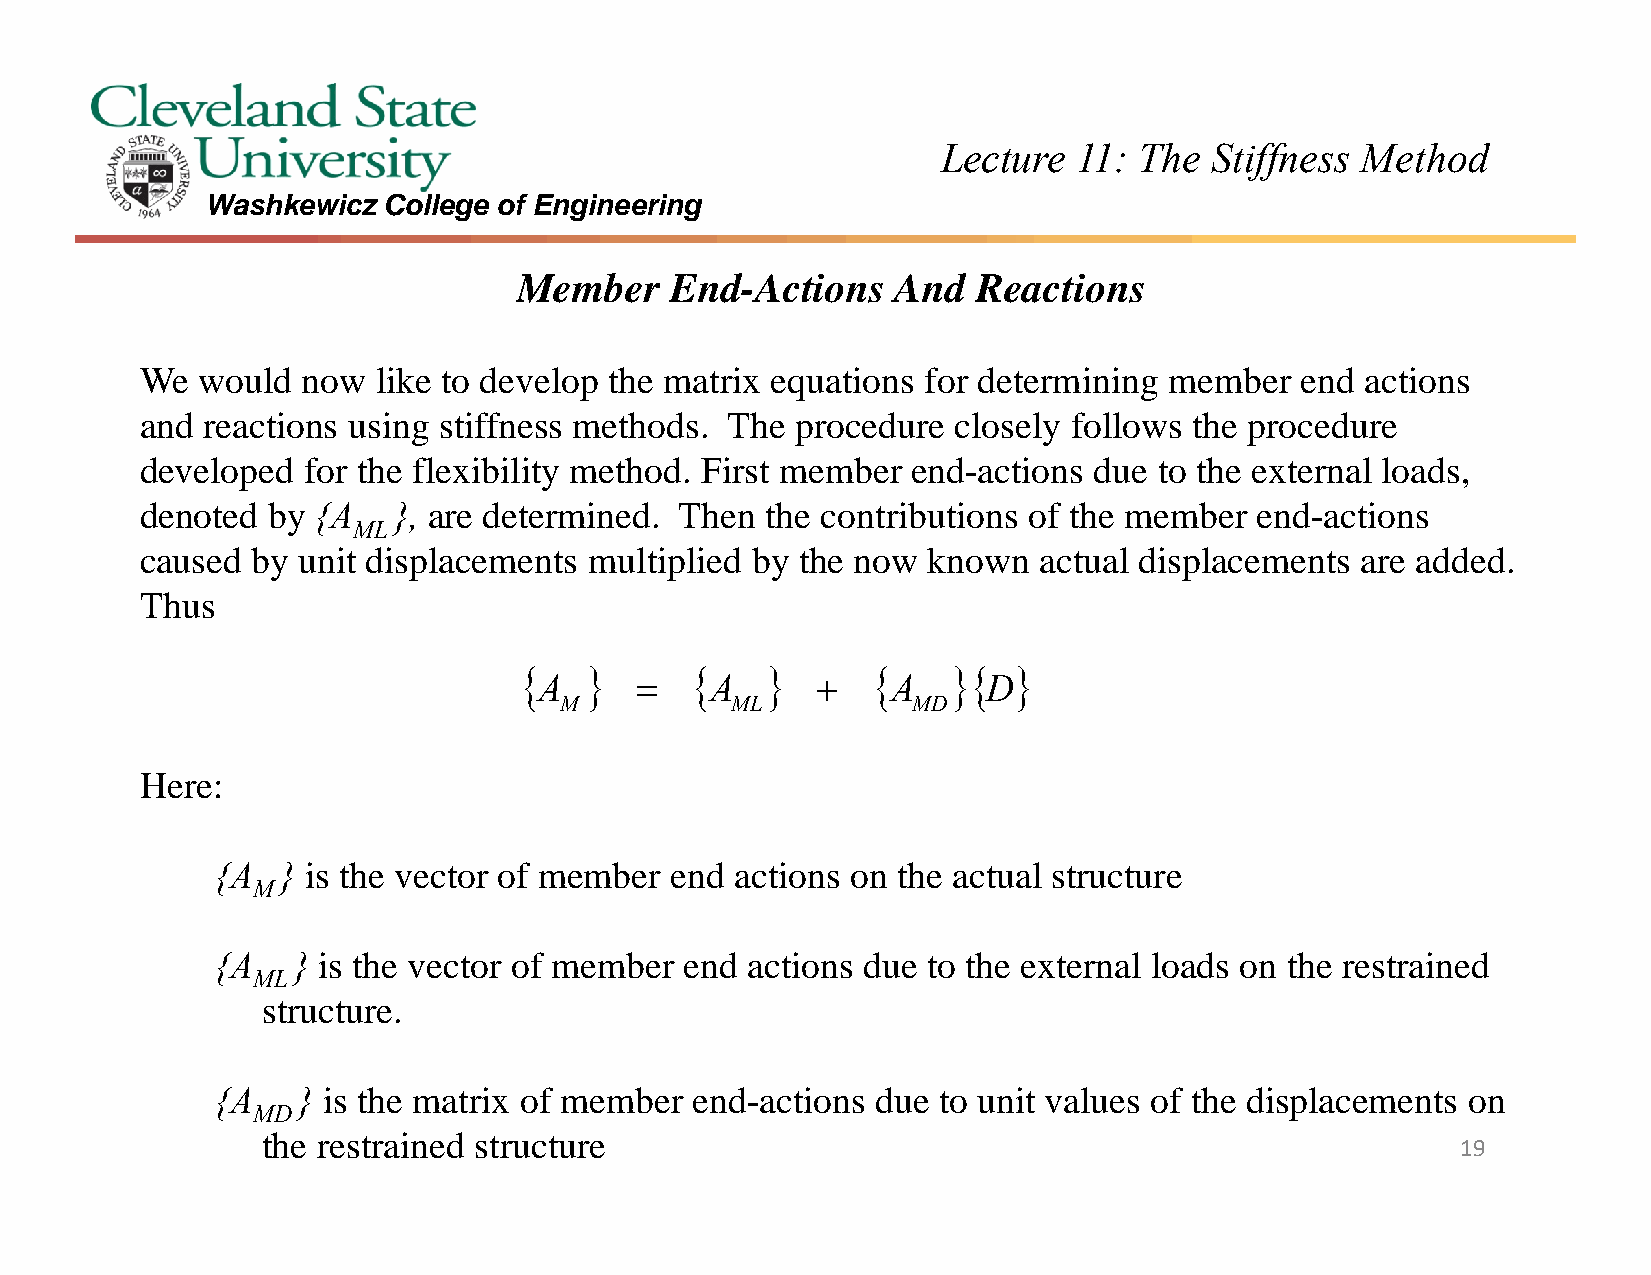
Lecture  11: The  Stiffness Method
 Washkewicz College of Engineering
 Member    End-Actions    And   Reactions
 We  would  now  like to develop the matrix equations for determining member  end actions
 and reactions using stiffness methods. The  procedure closely follows the procedure
 developed  for the flexibility method. First member end-actions due to the external loads,
 denoted  by {A   }, are determined. Then  the contributions of the member end-actions
 ML
 caused  by unit displacements multiplied by the now known   actual displacements are added.
 Thus
                           
 A         A          A     D
 M          ML          MD
 Here:
 {A   } is the vector of member end actions on the actual structure
 M
 {A   } is the vector of member end actions due to the external loads on the restrained
 ML
 structure.
 {A    } is the matrix of member end-actions due to unit values of the displacements on
 MD
 the restrained structure
 19